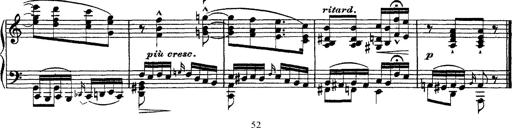
Title: Ã‰tudes d'exÃ©cution transcendante d'aprÃ¨s Paganini
Composer: Franz Liszt